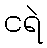
ငရဲ